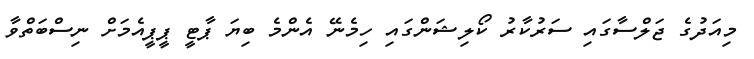
މިއަދުގެ ޖަލްސާގައި ސަރުކާރު ކޯލިޝަންގައި ހިމެނޭ އެންމެ ބިޔަ ޕާޓީ ޕީޕީއެމަށް ނިސްބަތްވާ